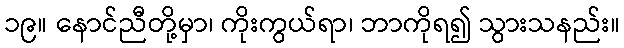
၁၉။ နောင်ညီတို့မှာ၊ ကိုးကွယ်ရာ၊ ဘာကိုရ၍ သွားသနည်း။